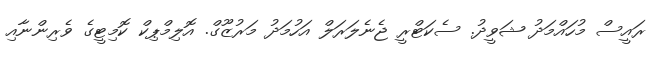
ރައީސް މުހައްމަދު ޝަވީދު. ސެކަޓްރީ ޖެނެލަރަލް އަހުމަދު މަރުޒޫގް. އޮލިމްޕިކް ކޮމިޓީގެ ވެރިންނާއި